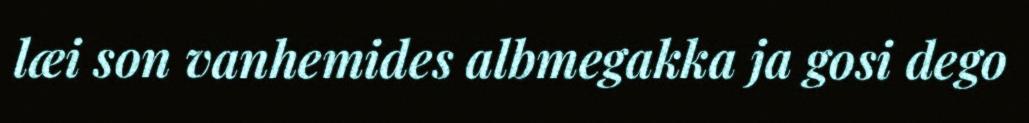
læi son vanhemides albmegakka ja gosi dego